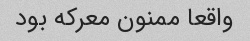
واقعا ممنون معرکه بود